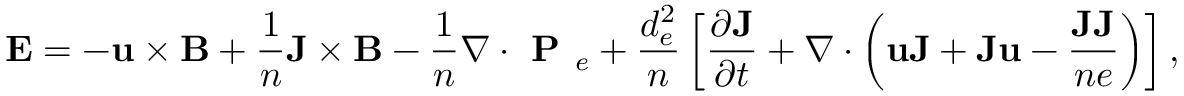
\mathbf { E } = - \mathbf { u } \times \mathbf { B } + \frac { 1 } { n } \mathbf { J } \times \mathbf { B } - \frac { 1 } { n } \nabla \cdot \textbf { P } _ { e } + \frac { d _ { e } ^ { 2 } } { n } \left[ \frac { \partial \mathbf { J } } { \partial t } + \nabla \cdot \left( \mathbf { u } \mathbf { J } + \mathbf { J } \mathbf { u } - \frac { \mathbf { J } \mathbf { J } } { n e } \right) \right] ,